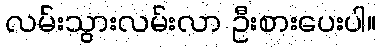
လမ်းသွားလမ်းလာ ဦးစားပေးပါ။